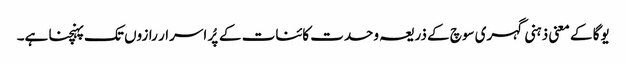
یوگا کے معنی ذہنی گہری سوچ کے ذریعہ وحدت کائنات کے پُر اسرار رازوں تک پہنچنا ہے۔